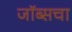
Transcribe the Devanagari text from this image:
जॉब्सचा